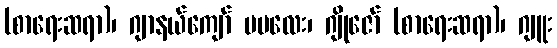
(စာရေးဆရာ)၊ ဂျာနယ်ကျော် မမလေး၊ ဂျိုဇော် (စာရေးဆရာ)၊ ဂျူး